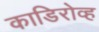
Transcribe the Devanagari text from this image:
काडिरोव्ह